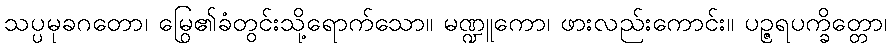
သပ္ပမုခဂတော၊ မြွေ၏ခံတွင်းသို့ရောက်သော။ မဏ္ဍူကော၊ ဖားလည်းကောင်း။ ပဉ္ဇရပက္ခိတ္တော၊